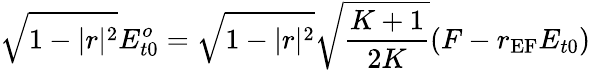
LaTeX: \sqrt{1-|r|^{2}}E_{t0}^{o}=\sqrt{1-|r|^{2}}\sqrt{\frac{K+1}{2K}}(F-r_{\textrm{EF}}E_{t0})